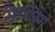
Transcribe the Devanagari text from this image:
नैग्लिंग